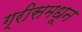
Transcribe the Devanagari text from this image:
ग्रीसमधून